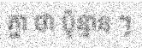
គ្នា ថា ប៉ុន្មាន ៗ